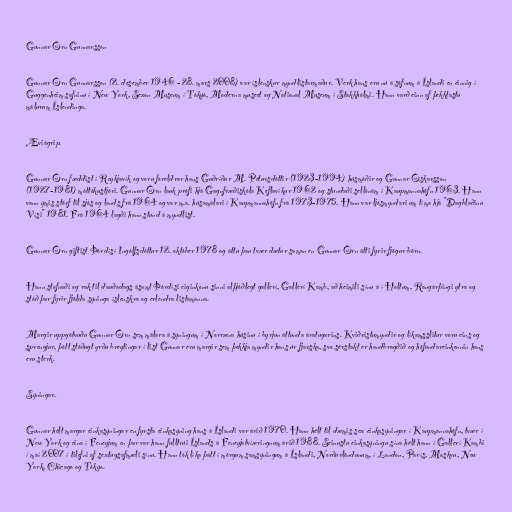
Gunnar Örn Gunnarsson

Gunnar Örn Gunnarsson (2. desember 1946 - 28. mars 2008) var íslenskur myndlistarmaður. Verk hans eru nú á söfnum á Íslandi en einnig í
Guggenheim safninu í New York, Sezon Museum í Tókýó, Moderna museet og National Museum í Stokkhólmi. Hann varð einn af þekktastu
málurum Íslendinga.

Æviágrip.

Gunnar Örn fæddist í Reykjavík og voru foreldrar hans Guðríður M. Pét­urs­dótt­ir (1923-1994) hús­móðir og Gunn­ar Óskars­son
(1927-1981) mót­töku­stjóri. Gunnar Örn lauk prófi hjá Gagnfræðiskóla Keflavíkur 1962 og stundaði sellónám í Kaupmannahöfn 1963. Hann
vann ýmis störf til sjós og lands frá 1964 og var m.a. húsamálari í Kaupmannahöfn frá 1973-1975. Hann var ljósmyndari um tíma hjá "Dagblaðinu
Vísi" 1981. Frá 1964 lagði hann stund á myndlist.

Gunnar Örn giftist Þórdísí Ingólfsdóttur 12. október 1978 og áttu þau tvær dætur saman en Gunnar Örn átti fyrir fjögur börn.

Hann stofnaði og rak til dauðadags ásamt Þórdísi eiginkonu sinni alþjóðlegt gallerí, Gallerí Kamb, að heimili sínu á í Holtum, Rangárþingi ytra og
stóð þar fyrir fjölda sýninga íslenskra og erlendra listamanna.

Margir uppgötvuðu Gunnar Örn sem málara á sýningum í Norræna húsinu í byrjun áttunda áratugarins. Kviðristumyndir og líkamsslitur voru eins og
sprengjur, þótt stöðugt yrðu breytingar í list Gunnar eru margir sem þekkja myndir hans úr fjarska, svo sérstakt er handbragðið og höfundareinkennin hans
eru sterk.

Sýningar.

Gunnar hélt margar einkasýningar en fyrsta einkasýning hans á Íslandi var árið 1970. Hann hélt til dæmis sex einkasýningar í Kaupmannahöfn, tvær í
New York og eina í Feneyjum en þar var hann fulltrúi Íslands á Feneyjatvíæringnum árið 1988. Seinustu einkasýningu sína hélt hann í Gallerí Kambi
í maí 2007 í tilefni af sextugsafmæli sínu. Hann tók líka þátt í mörgum samsýningum á Íslandi, Norðurlöndunum, í London, París, Moskvu, New
York, Chicago og Tókýo.